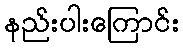
နည်းပါးကြောင်း